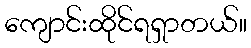
ကျောင်းထိုင်ရရှာတယ်။